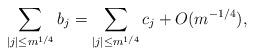
LaTeX: \begin{align*}\sum_{ |j| \leq m^{1/4} } b_j = \sum_{ |j| \leq m^{1/4}} c_j + O( m^{-1/4} ),\end{align*}